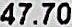
47.70